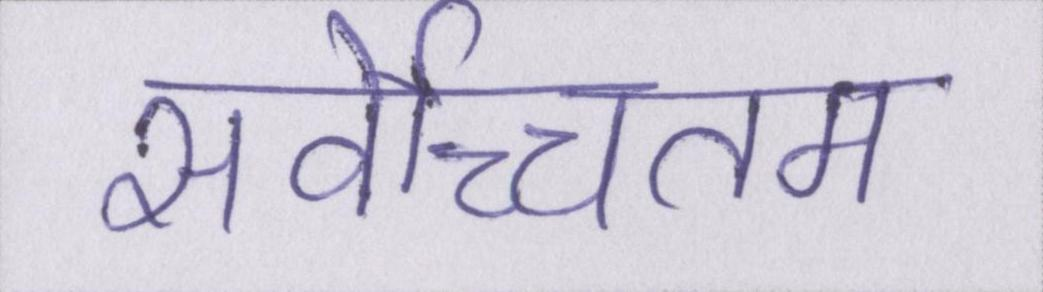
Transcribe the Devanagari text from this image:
सर्वोच्चतम